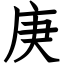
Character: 庚